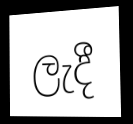
ලැදී